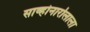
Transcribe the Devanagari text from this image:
साव्होनारोलाला